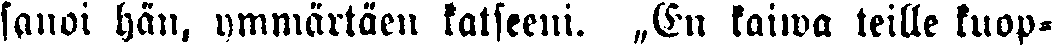
sanoi hän, ymmärtäen katseeni. „En kaiwa teille kuop-